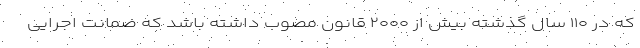
که در ۱۱۰ سال گذشته بیش از ۲۰۰۰ قانون مصوب داشته باشد که ضمانت اجرایی